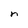
Character: n